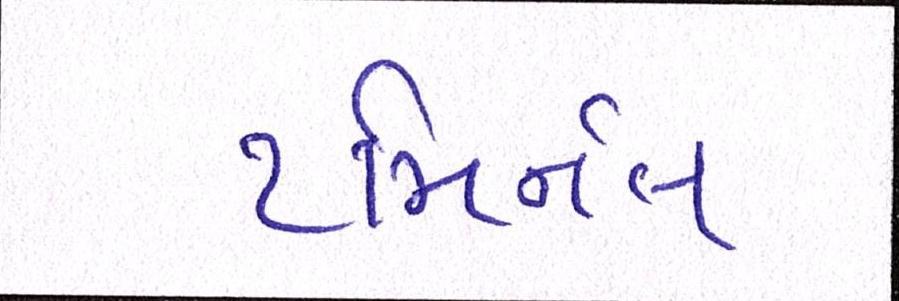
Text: ટમિર્નલ